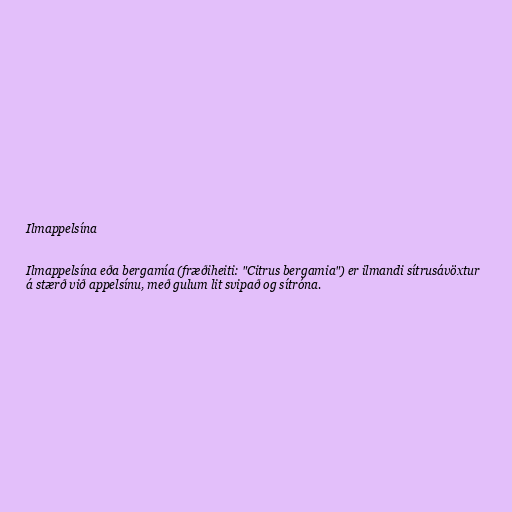
Ilmappelsína

Ilmappelsína eða bergamía (fræðiheiti: "Citrus bergamia") er ilmandi sítrusávöxtur
á stærð við appelsínu, með gulum lit svipað og sítróna.